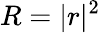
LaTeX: R=|r|^{2}